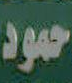
حمود